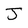
Character: J